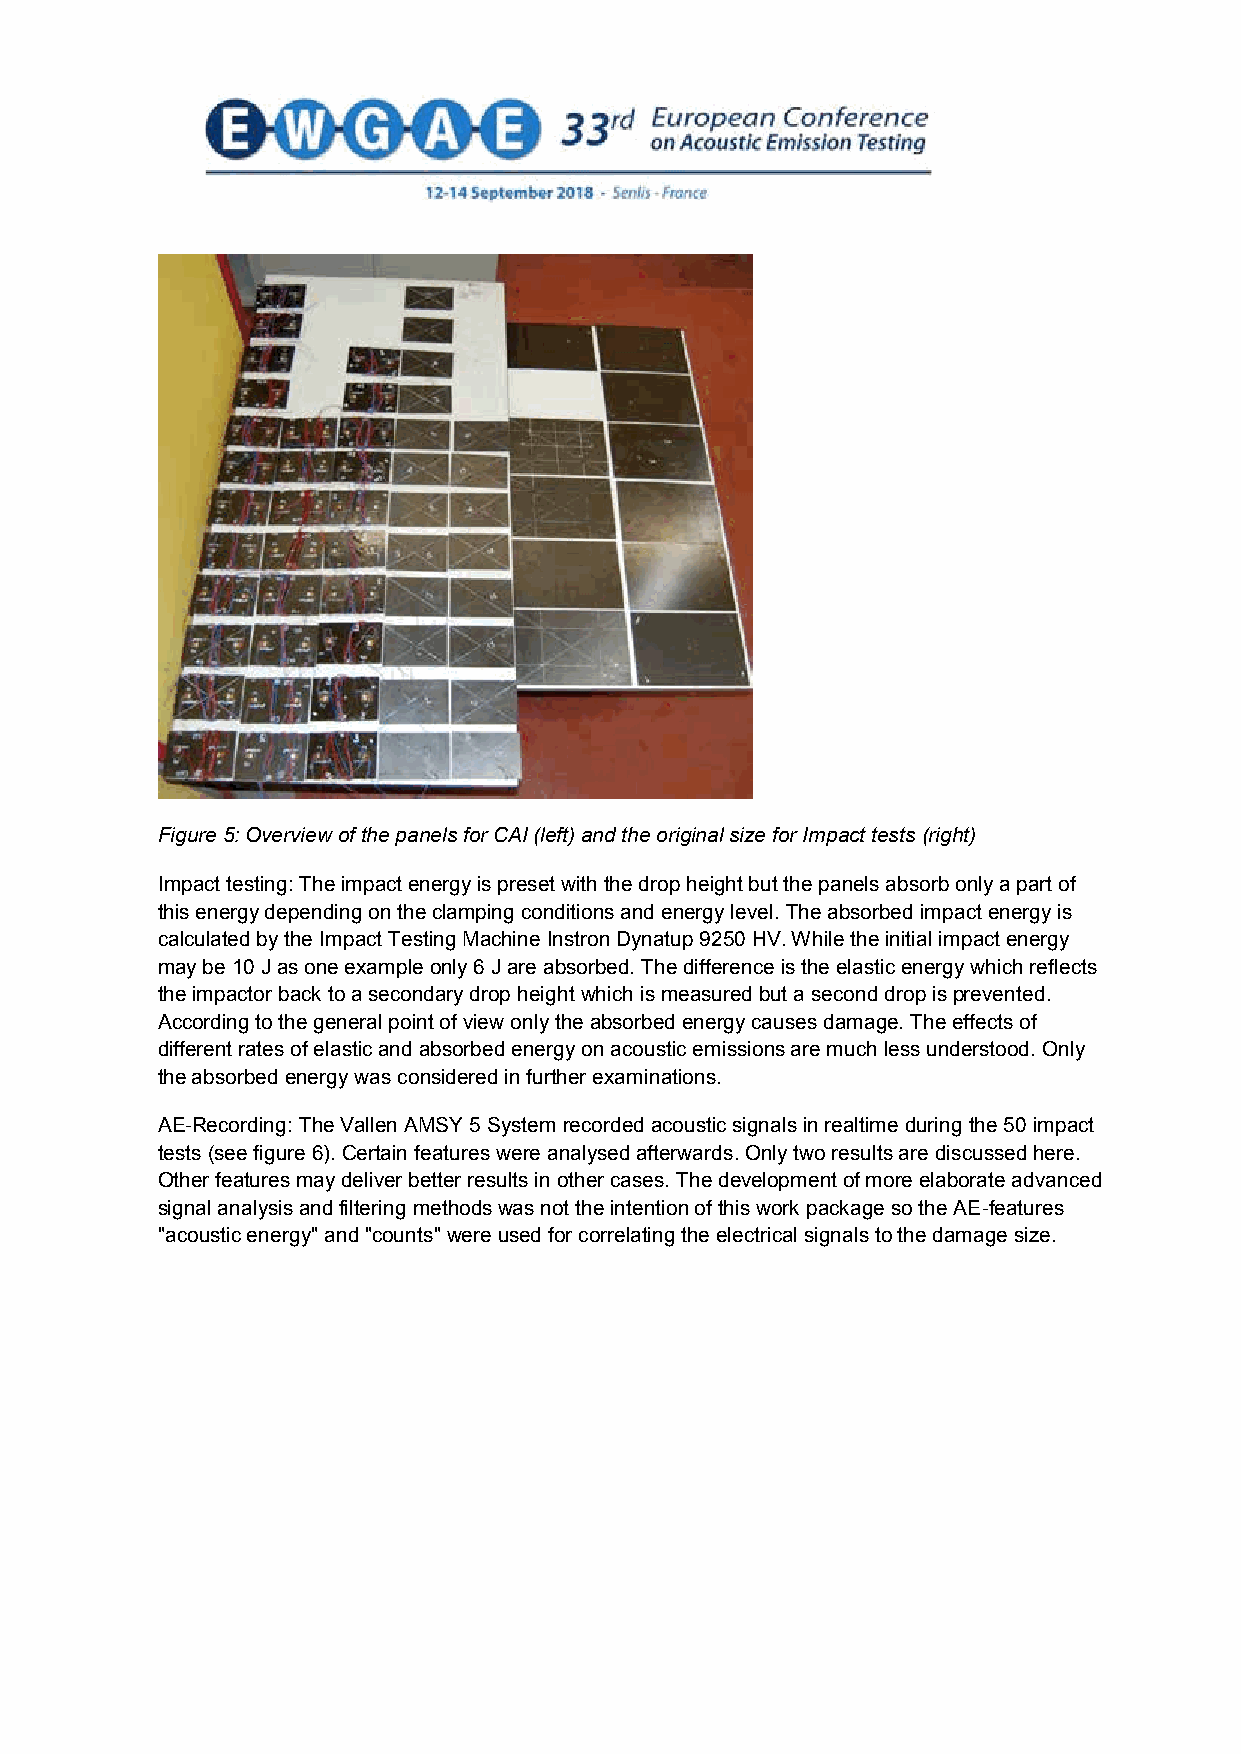
Figure 5: Overview of the panels for CAI (left) and the original size for Impact tests (right)
 Impact testing: The impact energy is preset with the drop height but the panels absorb only a part of
 this energy depending on the clamping conditions and energy level. The absorbed impact energy is
 calculated by the Impact Testing Machine Instron Dynatup 9250 HV. While the initial impact energy
 may be 10 J as one example only 6 J are absorbed. The difference is the elastic energy which reflects
 the impactor back to a secondary drop height which is measured but a second drop is prevented.
 According to the general point of view only the absorbed energy causes damage. The effects of
 different rates of elastic and absorbed energy on acoustic emissions are much less understood. Only
 the absorbed energy was considered in further examinations.
 AE-Recording: The Vallen AMSY 5 System recorded acoustic signals in realtime during the 50 impact
 tests (see figure 6). Certain features were analysed afterwards. Only two results are discussed here.
 Other features may deliver better results in other cases. The development of more elaborate advanced
 signal analysis and filtering methods was not the intention of this work package so the AE-features
 "acoustic energy" and "counts" were used for correlating the electrical signals to the damage size.
 7